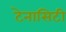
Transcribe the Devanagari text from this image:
टेनासिटी